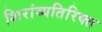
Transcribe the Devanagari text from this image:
शिरांव्यतिरिक्त